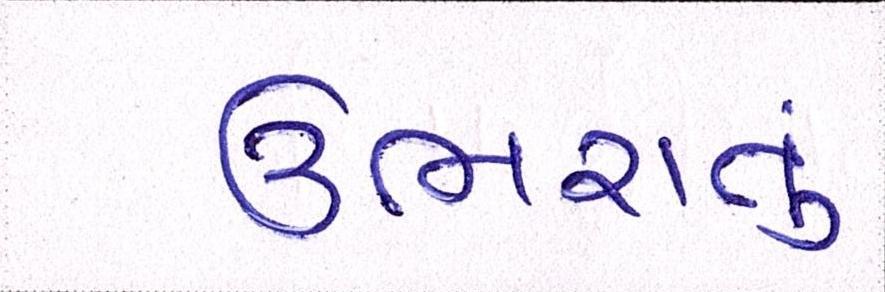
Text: ઉભરાતું